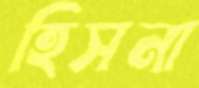
হিসনা